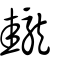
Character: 𪚝